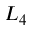
L _ { 4 }